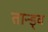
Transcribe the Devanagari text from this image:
तान्ड्व